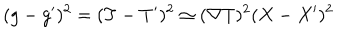
LaTeX: ( g - g ^ { \prime } ) ^ { 2 } = ( T - T ^ { \prime } ) ^ { 2 } \simeq ( \nabla T ) ^ { 2 } ( X - X ^ { \prime } ) ^ { 2 }